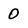
Character: 0